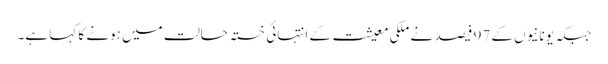
جبکہ یونانیوں کے 97 فیصد نے ملکی معیشت کے انتہائی خستہ حالت میں ہونے کا کہا ہے۔